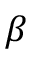
\beta